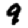
Digit: 9